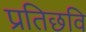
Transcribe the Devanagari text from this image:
प्रतिछवि